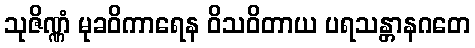
သုဇိဏ္ဏံ မုခဝိကာရေန ဝိသဝိတာယ ပရသန္တာနဂတေ